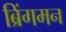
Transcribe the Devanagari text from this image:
ब्रिंगमन